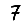
Digit: 7